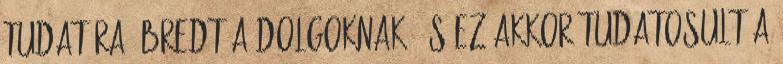
tudatára ébredt a dolgoknak, és ez akkor tudatosult a